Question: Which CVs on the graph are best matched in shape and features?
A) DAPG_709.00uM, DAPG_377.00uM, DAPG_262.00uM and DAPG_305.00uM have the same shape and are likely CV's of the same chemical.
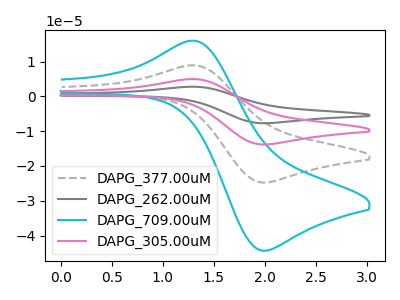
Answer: <think>The gray dashed curve "DAPG_377.00uM" has an anodic peak at (1.30V, 8.90uA) and a cathodic peak at (2.00V, -24.75uA). The gray curve "DAPG_262.00uM" has an anodic peak at (1.30V, 26.75uA) and a cathodic peak at (2.00V, -74.30uA). The cyan curve "DAPG_709.00uM" has an anodic peak at (1.30V, 15.95uA) and a cathodic peak at (2.00V, -44.35uA). The pink curve "DAPG_305.00uM" has an anodic peak at (1.30V, 17.85uA) and a cathodic peak at (2.00V, -49.55uA).
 All the peaks in "DAPG_377.00uM" have a peak in "DAPG_262.00uM" at the same potential. Every peak in "DAPG_377.00uM" is lower than every peak in "DAPG_262.00uM". All the peaks in "DAPG_377.00uM" have a peak in "DAPG_709.00uM" at the same potential. Every peak in "DAPG_377.00uM" is lower than every peak in "DAPG_709.00uM". All the peaks in "DAPG_377.00uM" have a peak in "DAPG_305.00uM" at the same potential. Every peak in "DAPG_377.00uM" is lower than every peak in "DAPG_305.00uM". All the peaks in "DAPG_262.00uM" have a peak in "DAPG_709.00uM" at the same potential. Every peak in "DAPG_262.00uM" is higher than every peak in "DAPG_709.00uM". All the peaks in "DAPG_262.00uM" have a peak in "DAPG_305.00uM" at the same potential. Every peak in "DAPG_262.00uM" is higher than every peak in "DAPG_305.00uM". All the peaks in "DAPG_709.00uM" have a peak in "DAPG_305.00uM" at the same potential. Every peak in "DAPG_709.00uM" is lower than every peak in "DAPG_305.00uM".</think>
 <answer>A) "DAPG_709.00uM", "DAPG_377.00uM", "DAPG_262.00uM" and "DAPG_305.00uM" have the same shape and are likely CV's of the same chemical.</answer>
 <eval>A</eval>